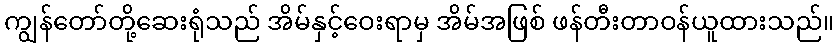
ကျွန်တော်တို့ဆေးရုံသည် အိမ်နှင့်ဝေးရာမှ အိမ်အဖြစ် ဖန်တီးတာဝန်ယူထားသည်။